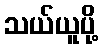
သယ်ယူပို့